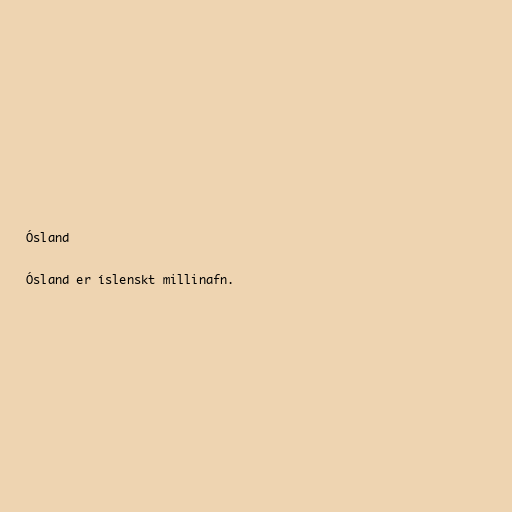
Ósland

Ósland er íslenskt millinafn.